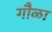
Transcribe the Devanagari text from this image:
गौळा